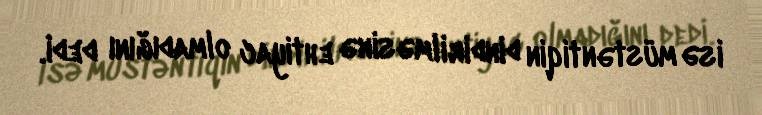
isə müstəntiqin dindirilməsinə ehtiyac olmadığını dedi.